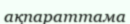
ақпараттама